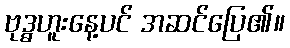
ဗုဒ္ဓဟူးနေ့ပင် အဆင်ပြေ၏။